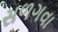
સળગવા